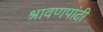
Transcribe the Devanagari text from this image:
श्रावणपांटी